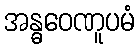
အန္ဓဝေဏူပမံ